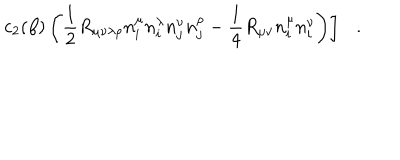
\left. c _ { 2 } ( \beta ) \left( \frac 1 2 R _ { \mu \nu \lambda \rho } n _ { i } ^ { \mu } n _ { i } ^ { \lambda } n _ { j } ^ { \nu } n _ { j } ^ { \rho } - \frac 1 4 R _ { \mu \nu } n _ { i } ^ { \mu } n _ { i } ^ { \nu } \right) \right] .